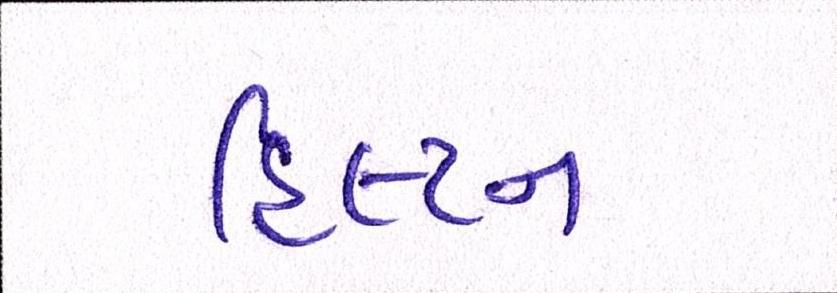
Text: હિલ્ટન